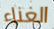
الغناء